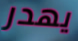
يهدر